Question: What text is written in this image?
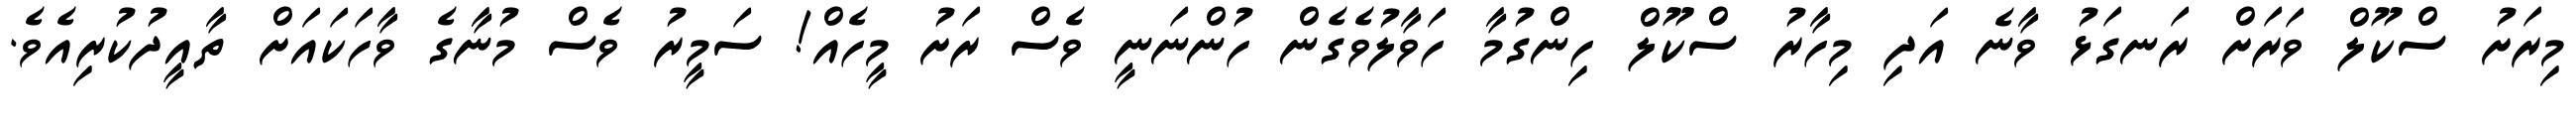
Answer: މިރަށު ސްކޫލް ވަރަށް ރަނގަޅު ވާނެ އަދި މިހާރު ސްކޫލް ހިންގުމާ ހަވާލުވެގެން ހުންނަނީ ވެސް ރަށު މީހެއް! ސަމީރު ވެސް މުނާގެ ވާހަކައަށް ތާއީދުކުރިއެވެ.